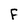
Character: F